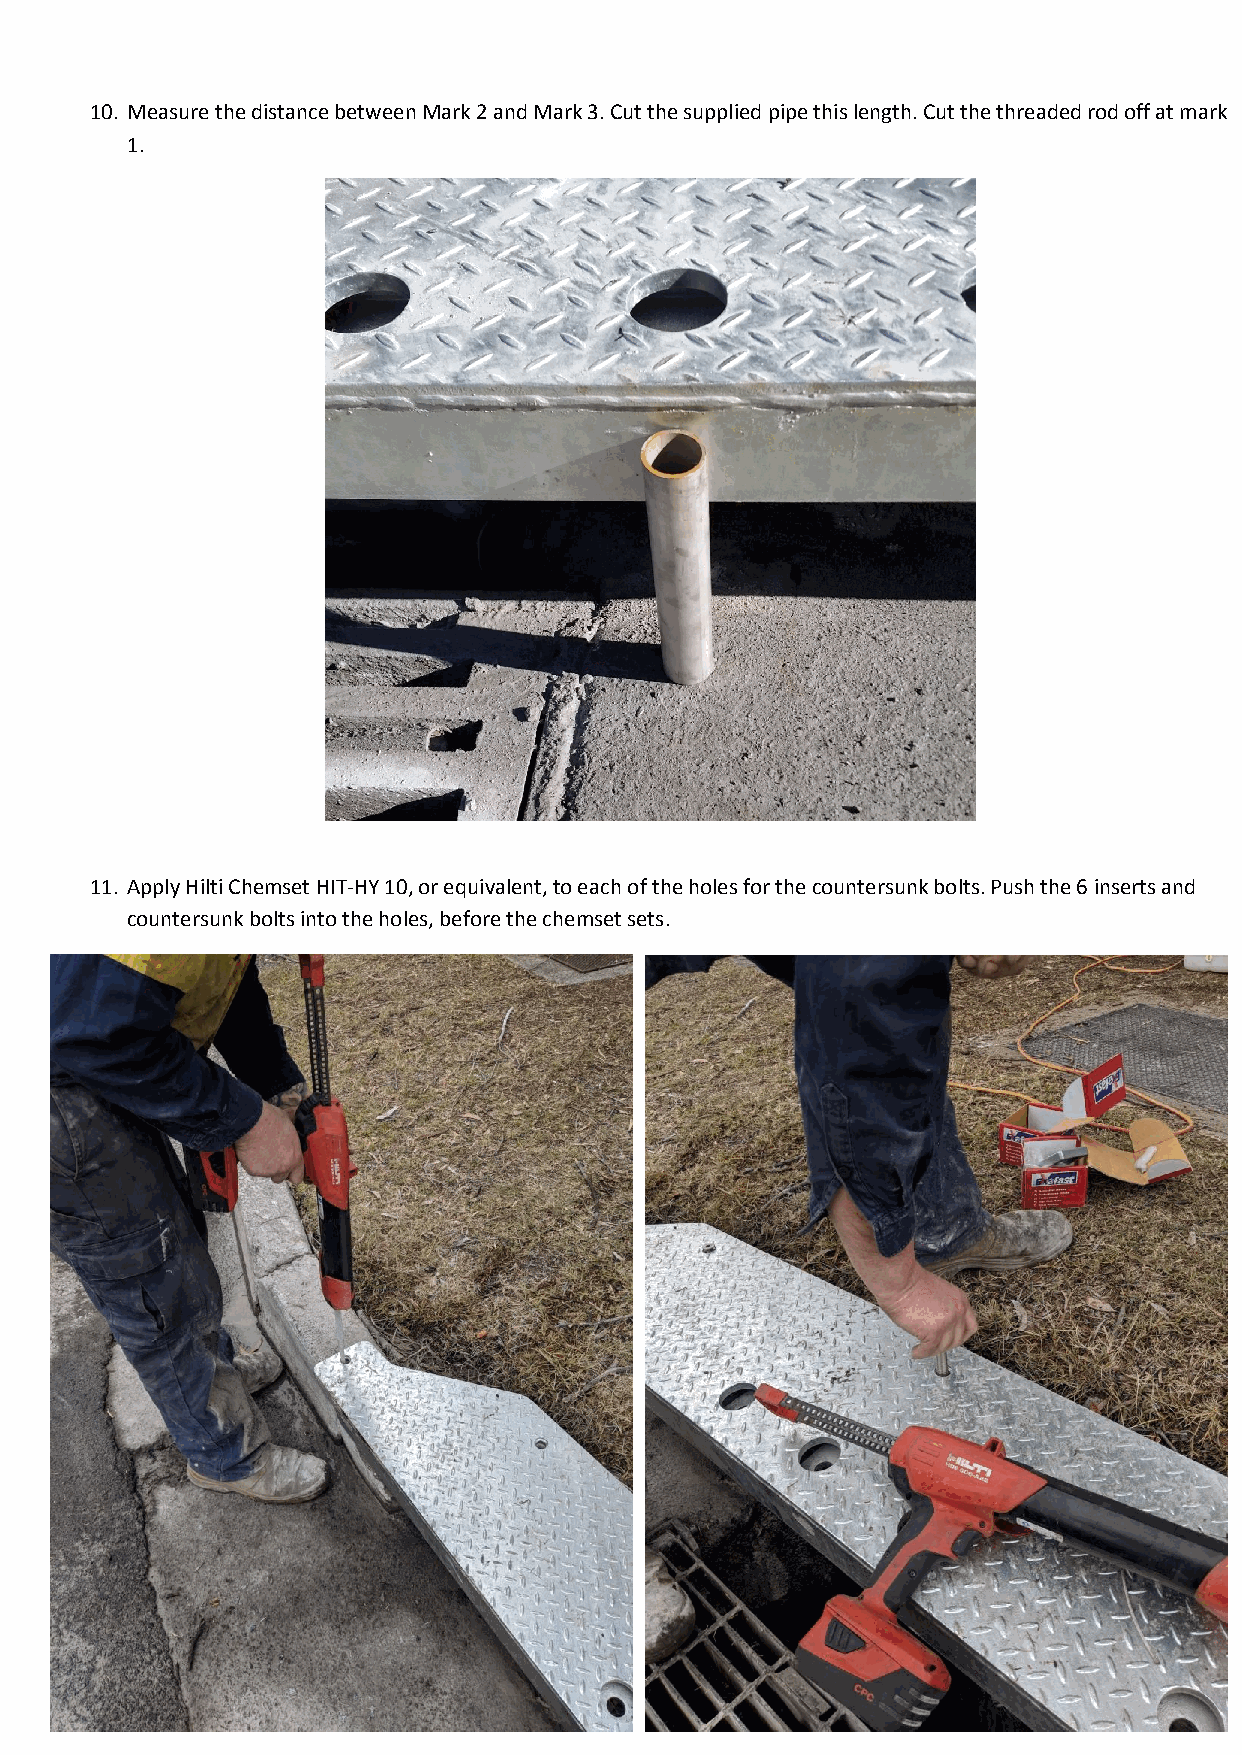
10. Measure the distance between Mark 2 and Mark 3. Cut the supplied pipe this length. Cut the threaded rod off at mark
 1.
 11. Apply Hilti Chemset HIT-HY 10, or equivalent, to each of the holes for the countersunk bolts. Push the 6 inserts and
 countersunk bolts into the holes, before the chemset sets.